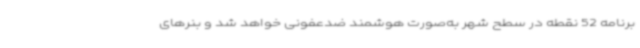
برنامه 52 نقطه در سطح شهر به‌صورت هوشمند ضدعفونی خواهد شد و بنرهای